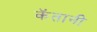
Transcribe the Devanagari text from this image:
कॅतानी